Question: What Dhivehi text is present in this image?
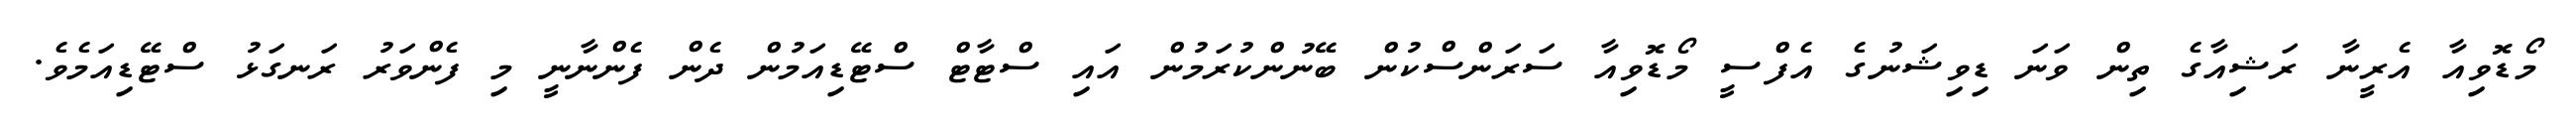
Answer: މޯޑޮވިއާ އެރީނާ ރަޝިއާގެ ތިން ވަނަ ޑިވިޝަނުގެ އެފްސީ މޯޑޮވިއާ ސަރަންސްކުން ބޭނުންކުރަމުން އައި ސްޓާޓް ސްޓޭޑިއަމުން ދެން ފެންނާނީ މި ފެންވަރު ރަނގަޅު ސްޓޭޑިއަމެވެ.